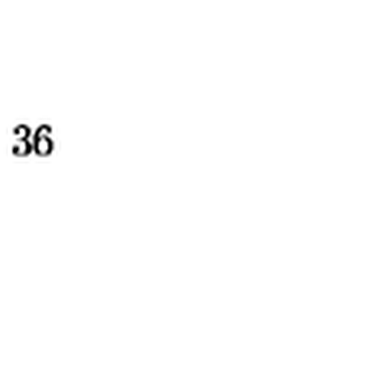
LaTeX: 3 6